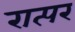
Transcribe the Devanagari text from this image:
रात्पर